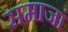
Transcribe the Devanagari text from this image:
समाजां